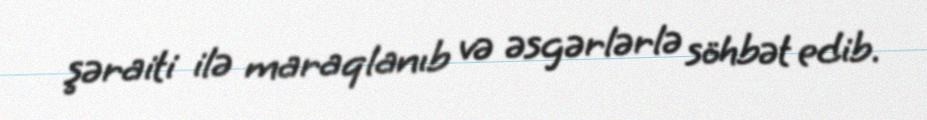
şəraiti ilə maraqlanıb və əsgərlərlə söhbət edib.